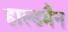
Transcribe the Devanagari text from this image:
हाल्डमैन